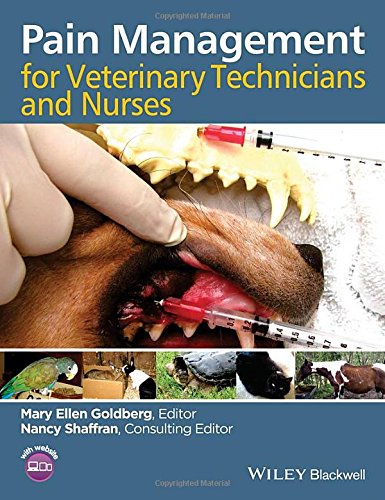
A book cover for Pain Management for Veterinary Technicians and Nurses; Medical Books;